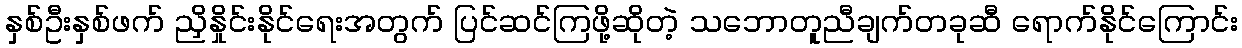
နှစ်ဦးနှစ်ဖက် ညှိနှိုင်းနိုင်ရေးအတွက် ပြင်ဆင်ကြဖို့ဆိုတဲ့ သဘောတူညီချက်တခုဆီ ရောက်နိုင်ကြောင်း